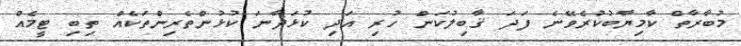
މުބާރާތް ކާމިޔާބުކުރެވޭނެ ފަދަ ޤާބިލުކަން ހުރި އަދި ކުޅަދާނަ ކުޅުންތެރިންތަކެއް ތިބި ޓީމެއް